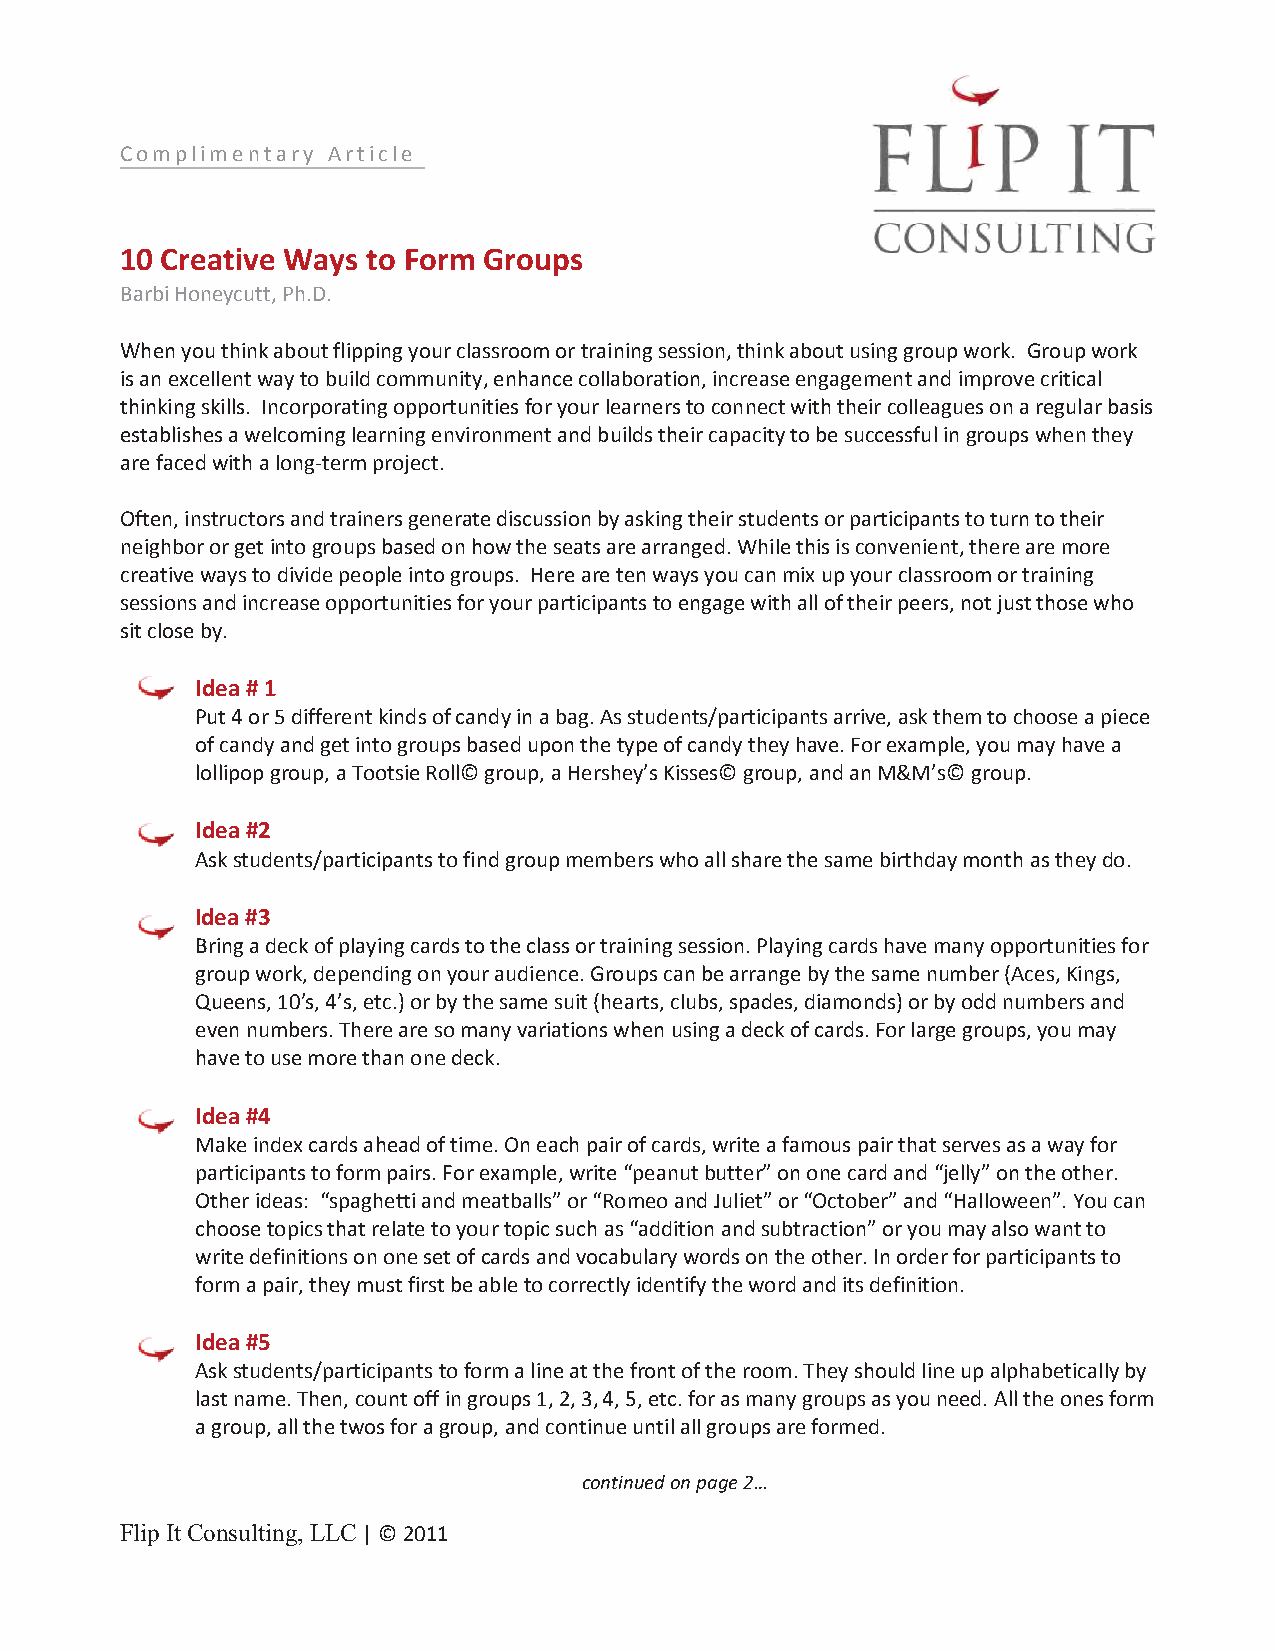
Complimentary Article
 10 Creative Ways to Form Groups
 Barbi Honeycutt, Ph.D.
 When you think about flipping your classroom or training session, think about using group work. Group work
 is an excellent way to build community, enhance collaboration, increase engagement and improve critical
 thinking skills. Incorporating opportunities for your learners to connect with their colleagues on a regular basis
 establishes a welcoming learning environment and builds their capacity to be successful in groups when they
 are faced with a long-term project.
 Often, instructors and trainers generate discussion by asking their students or participants to turn to their
 neighbor or get into groups based on how the seats are arranged. While this is convenient, there are more
 creative ways to divide people into groups. Here are ten ways you can mix up your classroom or training
 sessions and increase opportunities for your participants to engage with all of their peers, not just those who
 sit close by.
 Idea # 1
 Put 4 or 5 different kinds of candy in a bag. As students/participants arrive, ask them to choose a piece
 of candy and get into groups based upon the type of candy they have. For example, you may have a
 lollipop group, a Tootsie Roll© group, a Hershey’s Kisses© group, and an M&M’s© group.
 Idea #2
 Ask students/participants to find group members who all share the same birthday month as they do.
 Idea #3
 Bring a deck of playing cards to the class or training session. Playing cards have many opportunities for
 group work, depending on your audience. Groups can be arrange by the same number (Aces, Kings,
 Queens, 10’s, 4’s, etc.) or by the same suit (hearts, clubs, spades, diamonds) or by odd numbers and
 even numbers. There are so many variations when using a deck of cards. For large groups, you may
 have to use more than one deck.
 Idea #4
 Make index cards ahead of time. On each pair of cards, write a famous pair that serves as a way for
 participants to form pairs. For example, write “peanut butter” on one card and “jelly” on the other.
 Other ideas: “spaghetti and meatballs” or “Romeo and Juliet” or “October” and “Halloween”. You can
 choose topics that relate to your topic such as “addition and subtraction” or you may also want to
 write definitions on one set of cards and vocabulary words on the other. In order for participants to
 form a pair, they must first be able to correctly identify the word and its definition.
 Idea #5
 Ask students/participants to form a line at the front of the room. They should line up alphabetically by
 last name. Then, count off in groups 1, 2, 3, 4, 5, etc. for as many groups as you need. All the ones form
 a group, all the twos for a group, and continue until all groups are formed.
 continued on page 2…
 Flip It Consulting, LLC | © 2011